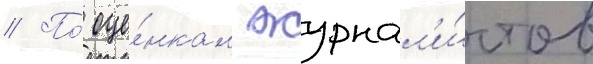
// По́ оце́нкам журнал'и́стов